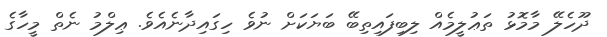
ދޫހެލޭ މާމޮޅު ތަޢުލީމެއް ލިބިފައިތިބޭ ބަޔަކަށް ނުވެ ހިގައިދާނެއެވެ. ޢިލްމު ނެތް މީހާގެ